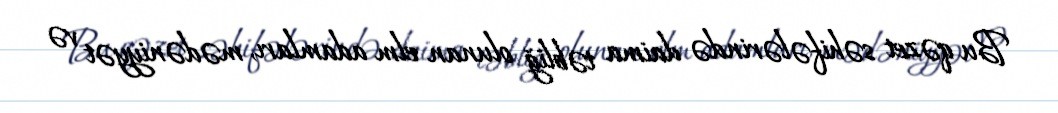
Bu qəzet səhifələrində daima təbliğ olunan elm adamları, mədəniyyət və